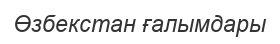
Өзбекстан ғалымдары